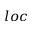
l o c